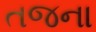
તજના